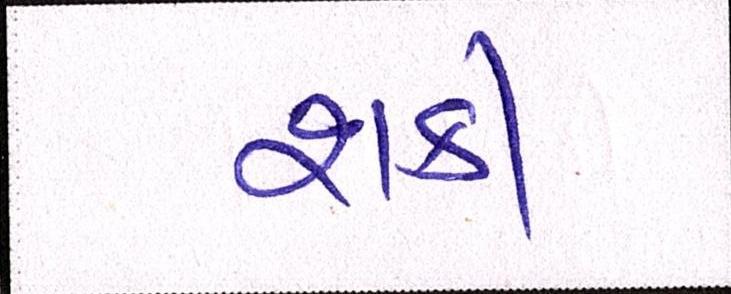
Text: શકી